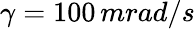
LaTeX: \gamma=100\, mrad/s